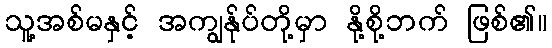
သူ့အစ်မနှင့် အကျွန်ုပ်တို့မှာ နို့စို့ဘက် ဖြစ်၏။